Report on the working of the Ranchi Indian Mental Hospital, Kanke, in Bihar and Orissa - 1930-1940
Year: 1930
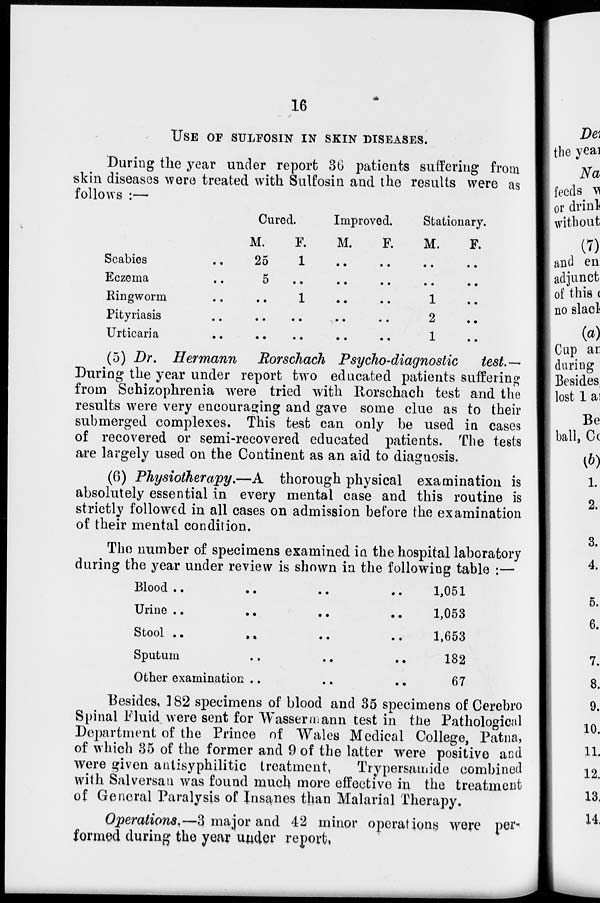
16
USE OF SULFOSIN IN SKIN DISEASES.
During the year under report 36 patients suffering from
skin diseases were treated with Sulfosin and the results were as
follows :—
Scabies ..
Eczema ..
Ringworm ..
Pityriasis ..
Urticaria ..
Cured.
M.
25
5
..
..
..
F.
1
..
1
..
..
Improved.
M.
..
..
..
..
..
F.
..
..
..
..
..
Stationary.
M.
..
..
1
2
1
F.
..
..
..
..
..
(5) Dr. Hermann
Rorschach Psycho-diagnostic
test.—
During the year under report two educated patients suffering
from Schizophrenia were tried with Rorschach test and the
results were very encouraging and gave some clue as to their
submerged complexes. This test can only be used in cases
of recovered or semi-recovered educated patients. The tests
are largely used on the Continent as an aid to diagnosis.
(6) Physiotherapy.—A thorough physical examination is
absolutely essential in every mental case and this routine is
strictly followed in all cases on admission before the examination
of their mental condition.
The number of specimens examined in the hospital laboratory
during the year under review is shown in the following table :—
Blood ..
..
..
..
Urine .. .. .. ..
Stool ..
.. .. ..
Sputum .. .. .. ..
Other examination ..
..
..
1,051
1,053
1,653
182
67
Besides, 182 specimens of blood and 35 specimens of Cerebro
Spinal Fluid were sent for Wassermann test in the Pathological
Department of the Prince of Wales Medical College, Patna,
of which 35 of the former and 9 of the latter were positive and
were given antisyphilitic treatment,
Trypersamide combined
with Salversan was found much more effective in the treatment
of General Paralysis of Insanes than Malarial Therapy.
Operations.—3 major and 42 minor operations were per-
formed during the year under report.